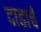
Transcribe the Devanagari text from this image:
दाहाचे